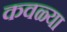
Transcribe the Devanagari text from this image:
कवळ्या